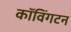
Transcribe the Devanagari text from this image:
कॉविंगटन